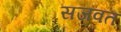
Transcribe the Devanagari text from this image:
सजवत